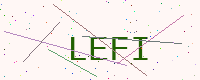
Text: LEFI